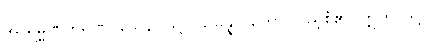
အာရမ္မဏကရဏဝသေန၊ ဖြင့်။ သမန္နာဂတော၊ ပြည့်စုံ၏။ ဣတိ၊ သို့။